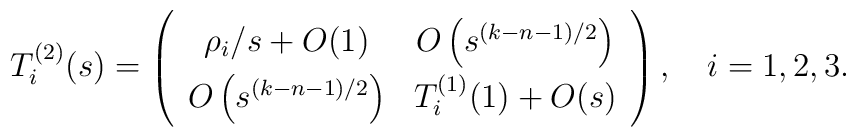
\renewcommand{\arraystretch}{1.4} T^{(2)}_i(s)= \left( \begin{array}{cc} \rho_i/s+O(1) &O\left(s^{(k-n-1)/2}\right) \\ O\left(s^{(k-n-1)/2}\right) & T^{(1)}_i(1)+O(s) \end{array}\right), \quad i=1,2,3.